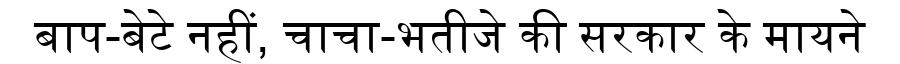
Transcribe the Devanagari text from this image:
बाप-बेटे नहीं, चाचा-भतीजे की सरकार के मायने